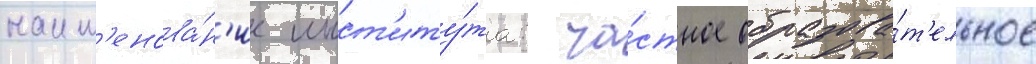
наим'енова́н'ие инст'иту́та: ча́стное образова́т'ельное